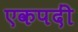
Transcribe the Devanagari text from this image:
एकपदीं